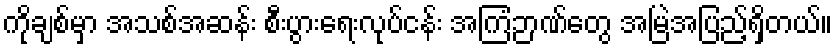
ကိုချစ်မှာ အသစ်အဆန်း စီးပွားရေးလုပ်ငန်း အကြံဉာဏ်တွေ အမြဲအပြည့်ရှိတယ်။